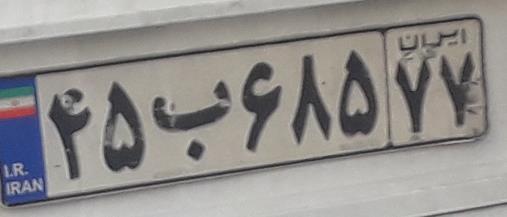
۴۵ب۶۸۵۷۷